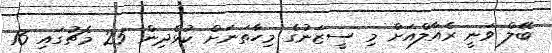
ބޭލް ވަނީ ރެއާލްއަށް މި ސީޒަނުގެ މިހާތަނަށް ކުޅެދިން 25 މެޗުގައި 16